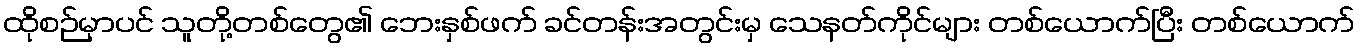
ထိုစဉ်မှာပင် သူတို့တစ်တွေ၏ ဘေးနှစ်ဖက် ခင်တန်းအတွင်းမှ သေနတ်ကိုင်များ တစ်ယောက်ပြီး တစ်ယောက်